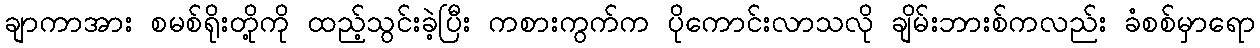
ချာကာအား စမစ်ရိုးတို့ကို ထည့်သွင်းခဲ့ပြီး ကစားကွက်က ပိုကောင်းလာသလို ချိမ်းဘားစ်ကလည်း ခံစစ်မှာရော